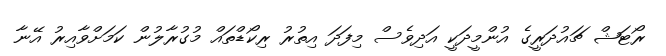
ރޯޓަޝް ޗައުދަރީގެ އުންމީދަކީ އަދިވެސް މިފަދަ އިތުރު ރިކޯޑްތައް މުގުރާލުން ކަމަށްވާއިރު އޭނާ